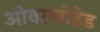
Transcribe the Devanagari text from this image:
ओवरलोडेड